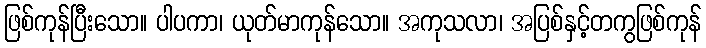
ဖြစ်ကုန်ပြီးသော။ ပါပကာ၊ ယုတ်မာကုန်သော။ အကုသလာ၊ အပြစ်နှင့်တကွဖြစ်ကုန်